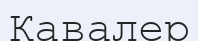
Кавалер